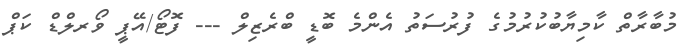
މުބާރާތް ކާމިޔާބުކުރުމުގެ ފުރުސަތު އެންމެ ބޮޑީ ބްރެޒިލް --- ފޮޓޯ/އޭޕީ ވޯރލްޑް ކަޕް